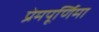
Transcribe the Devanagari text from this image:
प्रेमपूर्णिमा